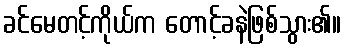
ခင်မေတင့်ကိုယ်က တောင့်ခနဲဖြစ်သွား၏။